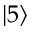
\lvert 5 \rangle